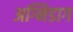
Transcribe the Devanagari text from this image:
अग्निडाग